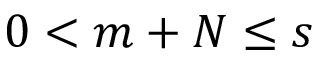
0 < m + N \le s